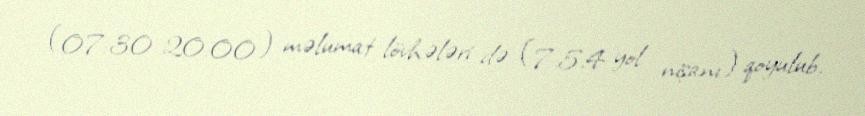
(07:30-20:00) məlumat lövhələri də (7.5.4 yol nişanı) qoyulub.